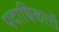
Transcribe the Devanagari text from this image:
पदाधिकारों